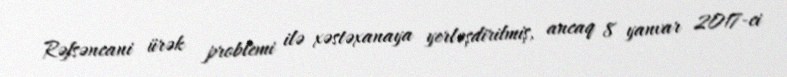
Rəfsəncani ürək problemi ilə xəstəxanaya yerləşdirilmiş, ancaq 8 yanvar 2017-ci